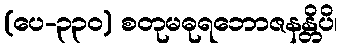
(ပေ-၃၃၀) စတုမဓုရဘောဇနန္တိပိ၊